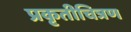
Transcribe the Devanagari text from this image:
प्रकृतीचित्रण